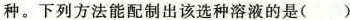
种。下列方法能配制出该种溶液的是（